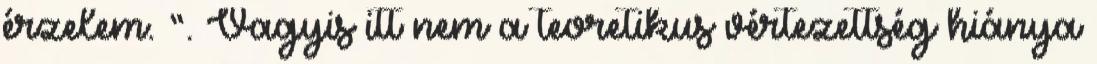
érzelem. ”. Vagyis itt nem a teoretikus vértezettség hiánya